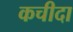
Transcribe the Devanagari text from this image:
कचीदा